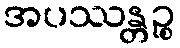
အပဿန္တဉ္စ